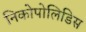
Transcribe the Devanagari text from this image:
निकोपोलिडिस